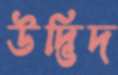
উদ্ভিদ